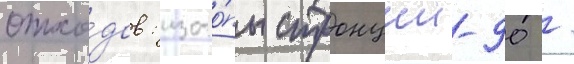
отхо́дов: изото́пы стронции-90 /